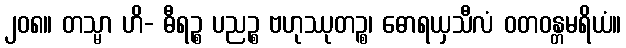
၂၀၈။ တသ္မာ ဟိ- ဓီရဉ္စ ပညဉ္စ ဗဟုဿုတဉ္စ၊ ဓောရယှသီလံ ဝတဝန္တမရိယံ။